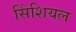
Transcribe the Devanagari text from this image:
सिंशियल